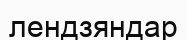
лендзяндар